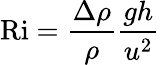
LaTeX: \textrm{Ri}=\frac{\Delta\rho}{\rho}\frac{gh}{u^{2}}